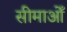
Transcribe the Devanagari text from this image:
सीमाओँ